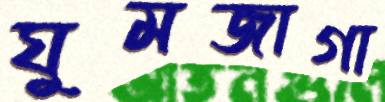
ঘুমজাগা